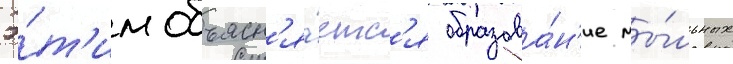
Э́т'им объясн'я́етс'я образова́н'ие мы́льных